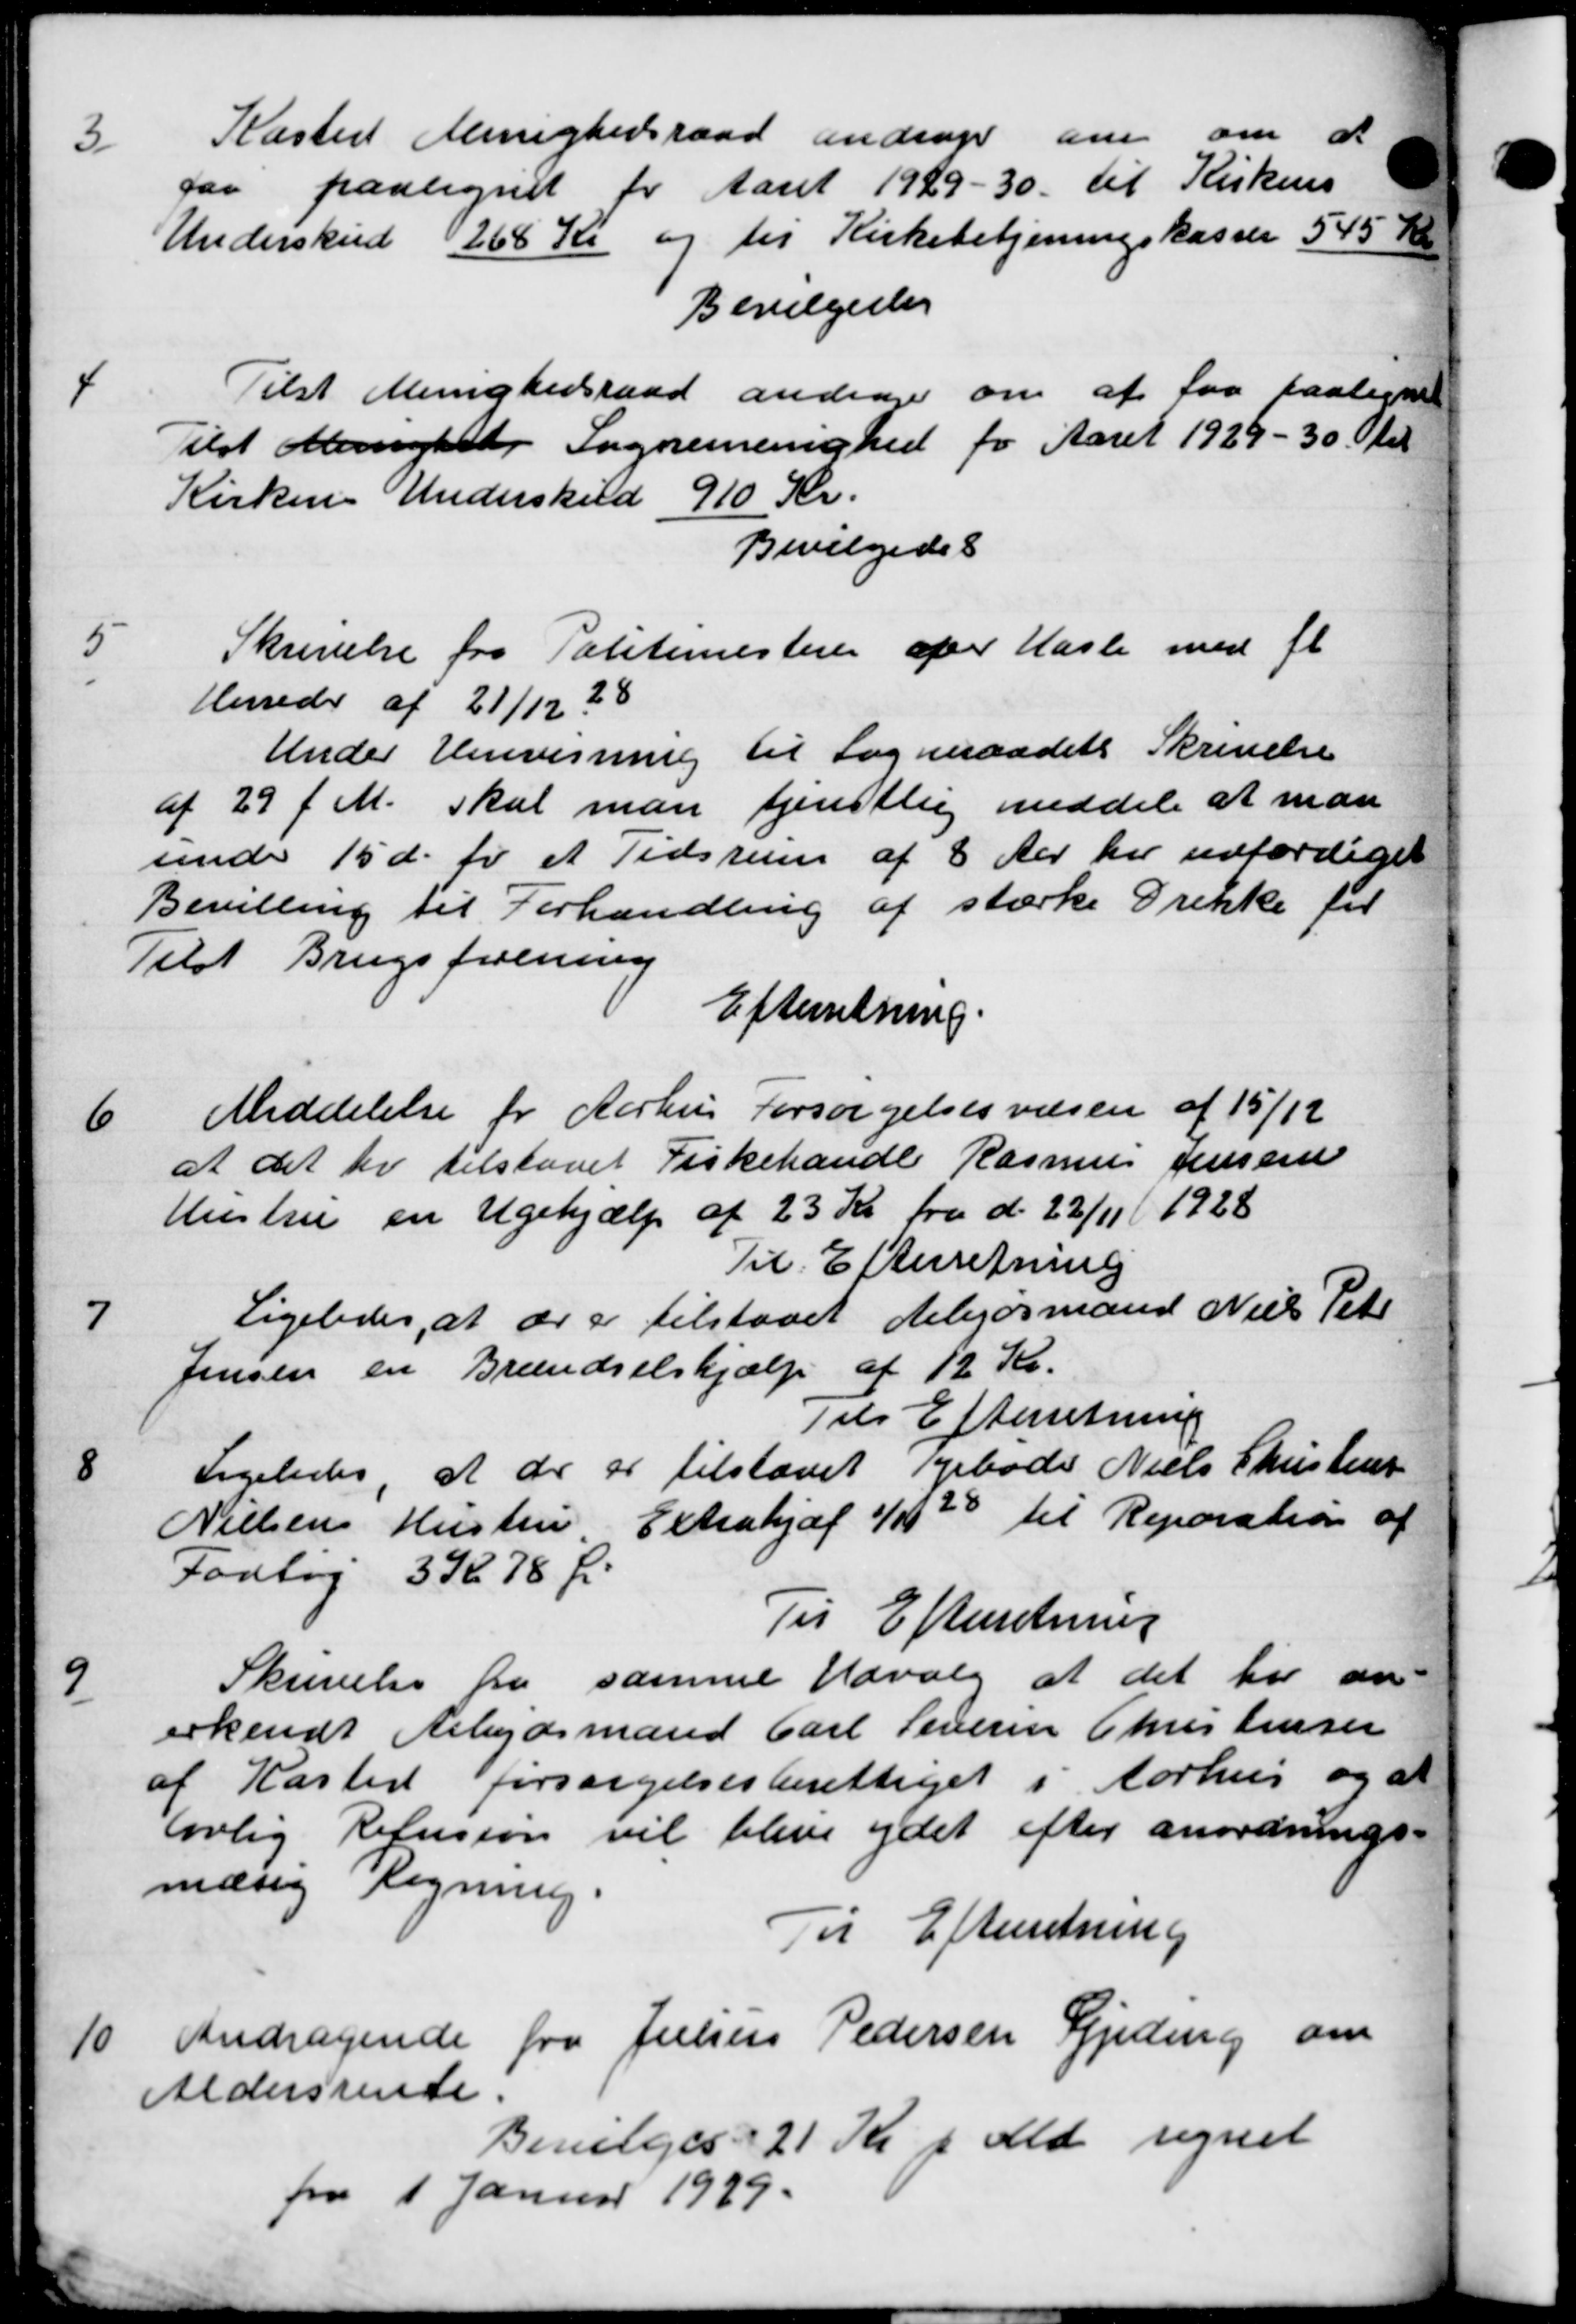
Transskription:
Kasted Menighedsraad andrager om om at
far paalignet for Aaret 1929-30 til Kirkens
Underskud 268 Kr og til Kirkebetjeningskasser 545 Kr
Bevilgedes

Tilst Menighedsraad andrager om at faa paalignet
ilst Menighed Sagnemenighed for Aaret 1929 - 30 til
Kirken Underskud 910 Kr.
Bevilgedes

Skrivelse fra Politimesteren over Hasle med fl
Herreder af 21/12 38
Under Henvisning til Sogneraadets Skrivelse
af 29 f. M. skal man tjenstlig meddele at man
sende 15 d. fr et Tidsrum af 8 Aar her udfærdiget
Bevilling til Forhandling af stærke Drikke for
Tilst Brugsforening
Efterretning.

Meddelelse for Aarhus Forsørgelsesvæsen af 15/12
at det her tilstaaet Fiskehandle Rasmus Jensen
Hustru en Ugehjælp af 23 Kr fra d. 22/11 1928
Til Efterretning

Ligeledes, at er er tilstaaet Aebjørmand Niels Peter
Jensen en Brændselshjælp af 12 Kr.
Til Efterretning

Ligeledes, at der er tilstaaet Tyreboder Niels Christensen
Nielsen Hustru Extrahj af 1/11 20 til Reparation af
Fodtøj 3 Kr. 78 Øre
Til Efterretning

Skrivelse fra samme Udvalg at det har an=
erkendt Arbejdsmand Carl Leveren Christensen
af Kasted forsørgelsesberettiget i Aarhus og at
lovlig Refusion vil blive ydet efter anordnings-
mæsig Regning.
Til Efterretning
10.
Andragende fra Julius Pedersen Seding om
Aldersrente.
Bevilges 21 Kr f. Md. regnet
fra 1 Januar 1929.